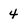
Character: 4